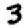
Digit: 3